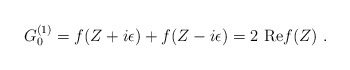
\begin{align*}G^{(1)}_{0}= f(Z+i\epsilon)+f(Z-i\epsilon) = 2~{\rm Re} f(Z)~.\end{align*}